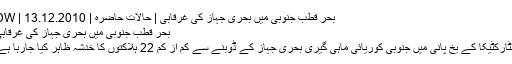
بحر قطب جنوبی میں بحری جہاز کی غرقابی | حالات حاضرہ | DW | 13.12.2010
بحر قطب جنوبی میں بحری جہاز کی غرقابی
انٹارکٹیکا کے یخ پانی میں جنوبی کوریائی ماہی گیری بحری جہاز کے ڈوبنے سے کم از کم 22 ہلاکتوں کا خدشہ ظاہر کیا جارہا ہے۔